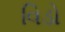
વિડો